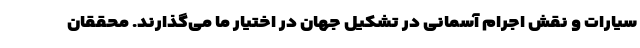
سیارات و نقش اجرام آسمانی در تشکیل جهان در اختیار ما می‌گذارند. محققان